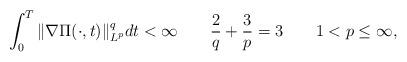
LaTeX: \begin{align*}\int_{0}^{T}\|\nabla\Pi(\cdot,t)\|_{L^{p}}^{q}dt<\infty\ \ \ \ \ \ \frac{2}{q}+\frac{3}{p}=3\ \ \ \ \ \ 1<p\leq \infty,\end{align*}